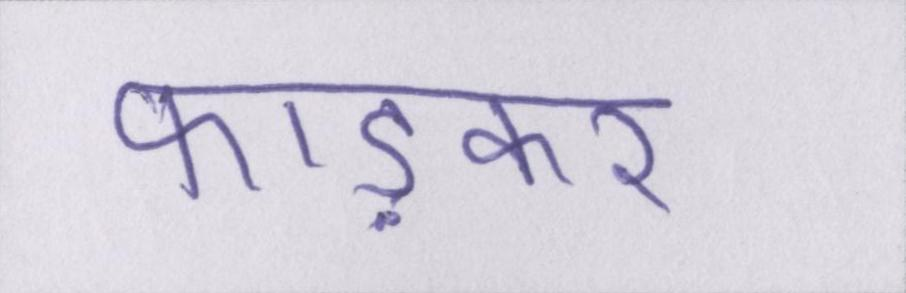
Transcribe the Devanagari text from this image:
फाड़कर